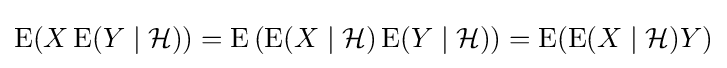
\operatorname {E} (X\operatorname {E} (Y\mid {\mathcal {H}}))=\operatorname {E} \left(\operatorname {E} (X\mid {\mathcal {H}})\operatorname {E} (Y\mid {\mathcal {H}})\right)=\operatorname {E} (\operatorname {E} (X\mid {\mathcal {H}})Y)